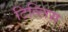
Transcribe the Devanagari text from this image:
टिल्लिस